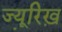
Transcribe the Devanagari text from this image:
ज्यू़रिख़